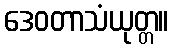
ဒေဝတာသံယုတ္တ။